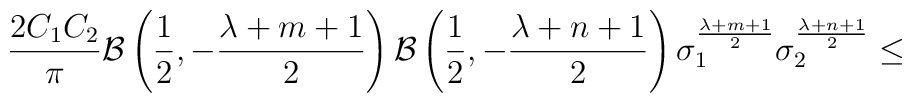
\frac {2C_1C_2} {\pi}{\cal B}\left(\frac {1} {2},-\frac {\lambda+m+1} {2}\right){\cal B}\left(\frac {1} {2},-\frac {\lambda+n+1} {2}\right){\sigma}_1^{\frac {\lambda+m+1} {2}}{\sigma}_2^{\frac {\lambda+n+1} {2}} \leq